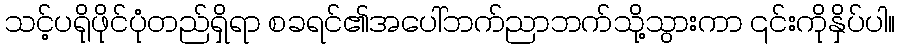
သင့်ပရိုဖိုင်ပုံတည်ရှိရာ စခရင်၏အပေါ်ဘက်ညာဘက်သို့သွားကာ ၎င်းကိုနှိပ်ပါ။